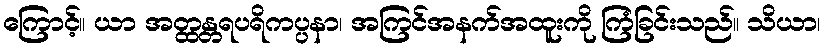
ကြောင့်။ ယာ အတ္ထန္တရပရိကပ္ပနာ၊ အကြင်အနက်အထူးကို ကြံခြင်းသည်။ သိယာ၊